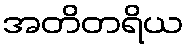
အတိတရိယ